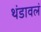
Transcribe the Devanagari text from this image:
थंडावलं